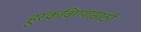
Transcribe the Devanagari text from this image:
हुस्कविण्यासाठी